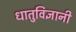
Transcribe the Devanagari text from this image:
धातुविज्ञानी